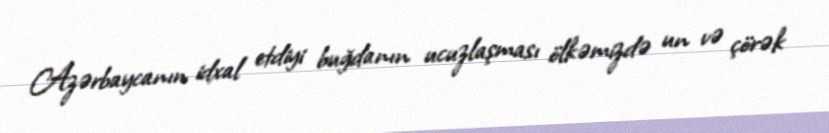
Azərbaycanın idxal etdiyi buğdanın ucuzlaşması ölkəmizdə un və çörək